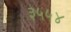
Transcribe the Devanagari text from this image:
३५५४